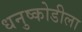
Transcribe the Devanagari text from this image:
धनुष्कोडीला